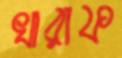
খারাফ